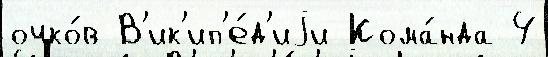
очко́в В'ик'ип'е́д'иjи Кома́нда 4